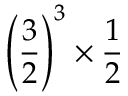
\left( { \frac { 3 } { 2 } } \right) ^ { 3 } \times { \frac { 1 } { 2 } }